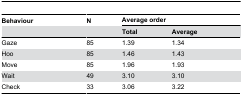
<table><thead><tr><td><b>Behaviour</b></td><td><b>N</b></td><td colspan="2"><b>Average order</b></td></tr><tr><td></td><td></td><td><b>Total</b></td><td><b>Average</b></td></tr></thead><tbody><tr><td>Gaze</td><td>85</td><td>1.39</td><td>1.34</td></tr><tr><td>Hoo</td><td>85</td><td>1.46</td><td>1.43</td></tr><tr><td>Move</td><td>85</td><td>1.96</td><td>1.93</td></tr><tr><td>Wait</td><td>49</td><td>3.10</td><td>3.10</td></tr><tr><td>Check</td><td>33</td><td>3.06</td><td>3.22</td></tr></tbody></table>